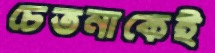
চেতনাকেই